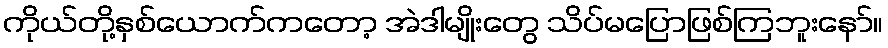
ကိုယ်တို့နှစ်ယောက်ကတော့ အဲဒါမျိုးတွေ သိပ်မပြောဖြစ်ကြဘူးနော်။